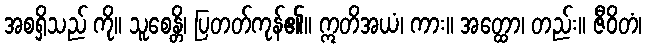
အစရှိသည် ကို။ သူစေန္တိ၊ ပြတတ်ကုန်၏။ ဣတိအယံ၊ ကား။ အတ္ထော၊ တည်း။ ဇီဝိတံ၊